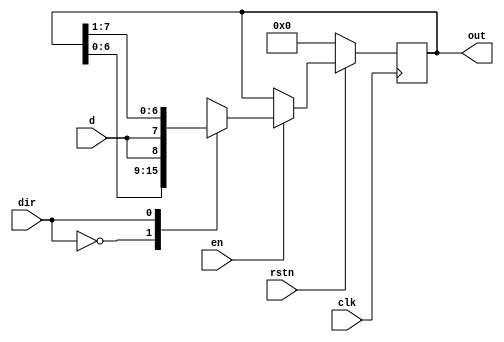
module bi  #(parameter MSB=8) (  input d,        
                                        input clk,  
                                        input en,
                                        input dir,
                                        input rstn,
                                        output reg [MSB-1:0] out); 
   always @ (posedge clk)
      if (!rstn)
         out <= 0;
      else begin
         if (en)
            case (dir)
               0 :  out <= {out[MSB-2:0], d};
               1 :  out <= {d, out[MSB-1:1]};
            endcase
         else
            out <= out;
      end
endmodule